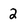
Character: 2